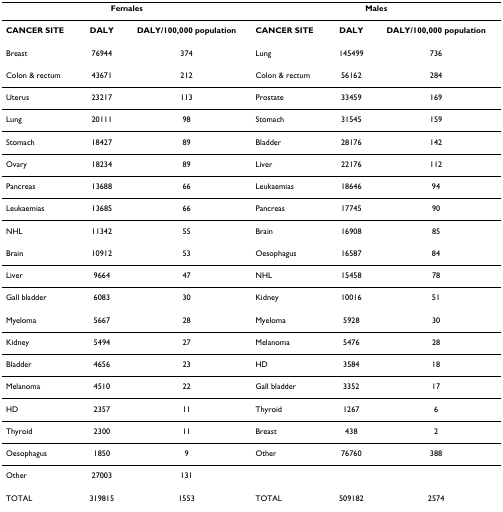
<table><thead><tr><td colspan="3"><b>Females</b></td><td colspan="3"><b>Males</b></td></tr></thead><tbody><tr><td><b>CANCER SITE</b></td><td><b>DALY</b></td><td><b>DALY/100,000 population</b></td><td><b>CANCER SITE</b></td><td><b>DALY</b></td><td><b>DALY/100,000 population</b></td></tr><tr><td>Breast</td><td>76944</td><td>374</td><td>Lung</td><td>145499</td><td>736</td></tr><tr><td>Colon &amp; rectum</td><td>43671</td><td>212</td><td>Colon &amp; rectum</td><td>56162</td><td>284</td></tr><tr><td>Uterus</td><td>23217</td><td>113</td><td>Prostate</td><td>33459</td><td>169</td></tr><tr><td>Lung</td><td>20111</td><td>98</td><td>Stomach</td><td>31545</td><td>159</td></tr><tr><td>Stomach</td><td>18427</td><td>89</td><td>Bladder</td><td>28176</td><td>142</td></tr><tr><td>Ovary</td><td>18234</td><td>89</td><td>Liver</td><td>22176</td><td>112</td></tr><tr><td>Pancreas</td><td>13688</td><td>66</td><td>Leukaemias</td><td>18646</td><td>94</td></tr><tr><td>Leukaemias</td><td>13685</td><td>66</td><td>Pancreas</td><td>17745</td><td>90</td></tr><tr><td>NHL</td><td>11342</td><td>55</td><td>Brain</td><td>16908</td><td>85</td></tr><tr><td>Brain</td><td>10912</td><td>53</td><td>Oesophagus</td><td>16587</td><td>84</td></tr><tr><td>Liver</td><td>9664</td><td>47</td><td>NHL</td><td>15458</td><td>78</td></tr><tr><td>Gall bladder</td><td>6083</td><td>30</td><td>Kidney</td><td>10016</td><td>51</td></tr><tr><td>Myeloma</td><td>5667</td><td>28</td><td>Myeloma</td><td>5928</td><td>30</td></tr><tr><td>Kidney</td><td>5494</td><td>27</td><td>Melanoma</td><td>5476</td><td>28</td></tr><tr><td>Bladder</td><td>4656</td><td>23</td><td>HD</td><td>3584</td><td>18</td></tr><tr><td>Melanoma</td><td>4510</td><td>22</td><td>Gall bladder</td><td>3352</td><td>17</td></tr><tr><td>HD</td><td>2357</td><td>11</td><td>Thyroid</td><td>1267</td><td>6</td></tr><tr><td>Thyroid</td><td>2300</td><td>11</td><td>Breast</td><td>438</td><td>2</td></tr><tr><td>Oesophagus</td><td>1850</td><td>9</td><td>Other</td><td>76760</td><td>388</td></tr><tr><td>Other</td><td>27003</td><td>131</td><td></td><td></td><td></td></tr><tr><td>TOTAL</td><td>319815</td><td>1553</td><td>TOTAL</td><td>509182</td><td>2574</td></tr></tbody></table>